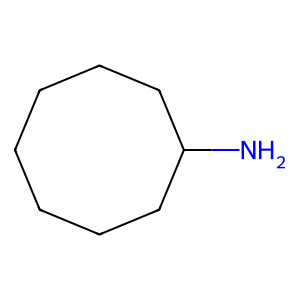
SMILES: NC1CCCCCCC1
Inhibits HIV replication: No